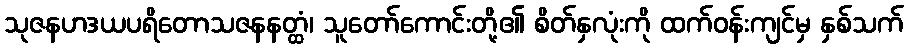
သုဇနဟဒယပရိတောသဇနနတ္ထံ၊ သူတော်ကောင်းတို့၏ စိတ်နှလုံးကို ထက်ဝန်းကျင်မှ နှစ်သက်